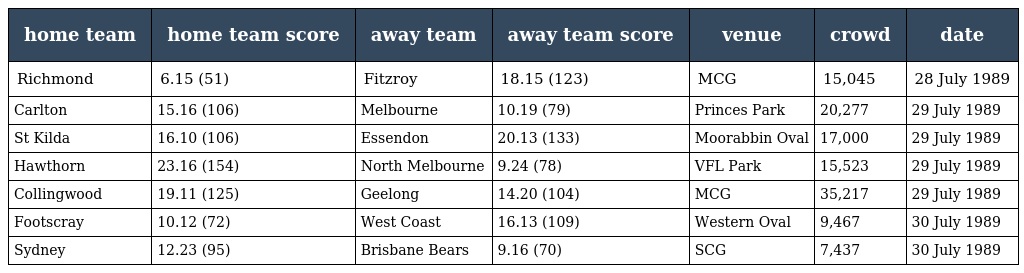
| home team | home team score | away team | away team score | venue | crowd | date |
 | --- | --- | --- | --- | --- | --- | --- |
 | Richmond | 6.15 (51) | Fitzroy | 18.15 (123) | MCG | 15,045 | 28 July 1989 |
 | Carlton | 15.16 (106) | Melbourne | 10.19 (79) | Princes Park | 20,277 | 29 July 1989 |
 | St Kilda | 16.10 (106) | Essendon | 20.13 (133) | Moorabbin Oval | 17,000 | 29 July 1989 |
 | Hawthorn | 23.16 (154) | North Melbourne | 9.24 (78) | VFL Park | 15,523 | 29 July 1989 |
 | Collingwood | 19.11 (125) | Geelong | 14.20 (104) | MCG | 35,217 | 29 July 1989 |
 | Footscray | 10.12 (72) | West Coast | 16.13 (109) | Western Oval | 9,467 | 30 July 1989 |
 | Sydney | 12.23 (95) | Brisbane Bears | 9.16 (70) | SCG | 7,437 | 30 July 1989 |